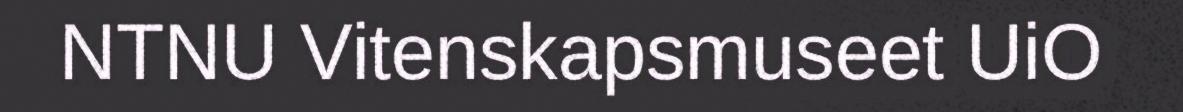
NTNU Vitenskapsmuseet UiO